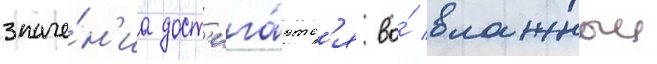
значе́н'иа дост'ига́ютс'я во́ влажныи